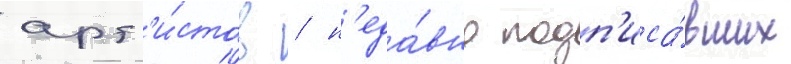
арт'и́стов / н'еда́вно подп'иса́вших